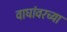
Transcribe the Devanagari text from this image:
वाघांवरच्या